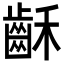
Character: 𪗮